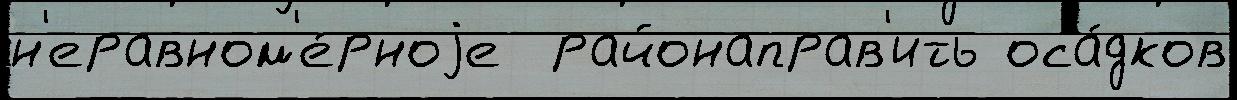
н'еравном'е́рноjе  районаправ'ить оса́дков